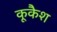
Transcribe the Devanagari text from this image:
कूकैश